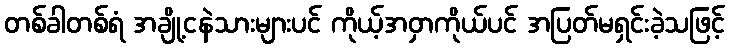
တစ်ခါတစ်ရံ အချို့ငနဲသားများပင် ကိုယ့်အဝှာကိုယ်ပင် အပြတ်မရှင်းခဲ့သဖြင့်